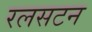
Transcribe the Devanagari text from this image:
रलसटन